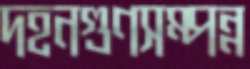
দহনগুণসম্পন্ন